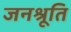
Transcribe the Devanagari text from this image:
जनश्रूति